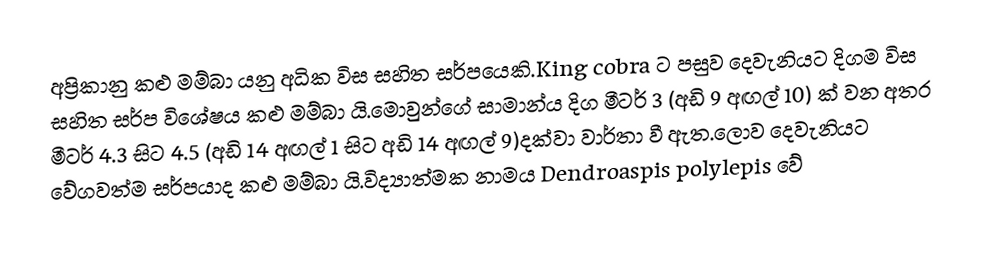
අප්‍රිකානු කළු මම්බා යනු අධික විස සහිත සර්පයෙකි.King cobra ට පසුව දෙවැනියට දිගම විස සහිත සර්ප විශේෂය කළු මම්බා යි.මොවුන්ගේ සාමාන්ය දිග මීටර් 3 (අඩි 9 අඟල් 10) ක් වන අතර මීටර් 4.3 සිට 4.5 (අඩි 14 අඟල් 1 සිට අඩි 14 අඟල් 9)දක්වා වාර්තා වී ඇත.ලොව දෙවැනියට වේගවත්ම සර්පයාද කළු මම්බා යි.විද්‍යාත්මක නාමය Dendroaspis polylepis වේ